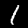
Digit: 1